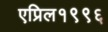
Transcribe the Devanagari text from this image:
एप्रिल१९९६